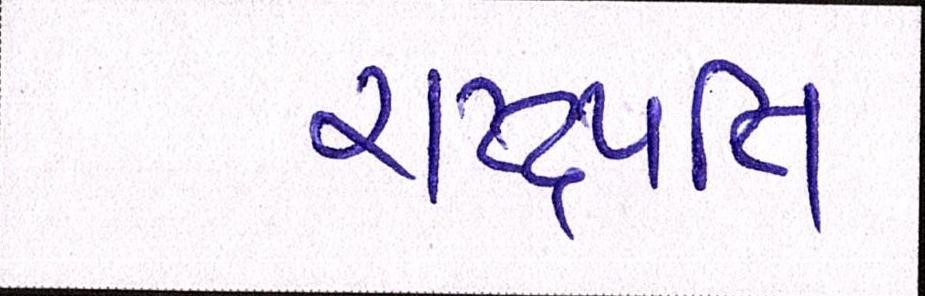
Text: રાષ્ટ્રપતિ